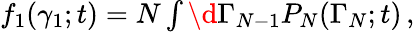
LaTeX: \begin{array}{r}{f_{1}(\gamma_{1};t)=N\int\d\Gamma_{N-1}P_{N}(\Gamma_{N};t)\, ,}\end{array}